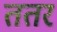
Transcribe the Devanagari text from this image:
ततर